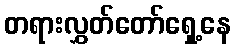
တရားလွှတ်တော်ရှေ့နေ